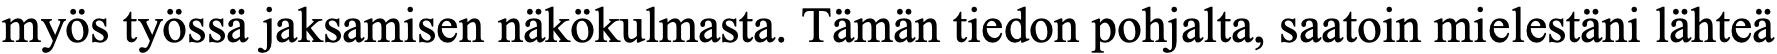
myös työssä jaksamisen näkökulmasta. Tämän tiedon pohjalta, saatoin mielestäni lähteä